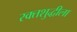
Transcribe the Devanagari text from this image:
रक्तशुद्धीला